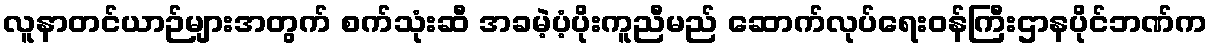
လူနာတင်ယာဉ်များအတွက် စက်သုံးဆီ အခမဲ့ပံ့ပိုးကူညီမည် ဆောက်လုပ်ရေးဝန်ကြီးဌာနပိုင်ဘဏ်က